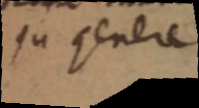
ju genere